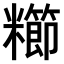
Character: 𫃖